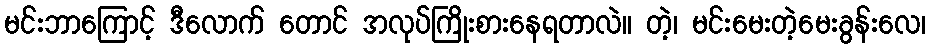
မင်းဘာကြောင့် ဒီလောက် တောင် အလုပ်ကြိုးစားနေရတာလဲ။ တဲ့၊ မင်းမေးတဲ့မေးခွန်းလေ၊